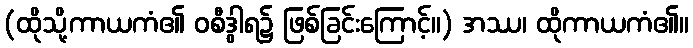
(ထိုသို့ကာယကံ၏ ဝစီဒွါရ၌ ဖြစ်ခြင်းကြောင့်။) အဿ၊ ထိုကာယကံ၏။